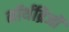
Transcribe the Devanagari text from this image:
नॉर्थब्रिजों